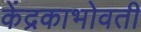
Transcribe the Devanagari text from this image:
केंद्रकाभोवती